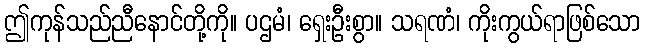
ဤကုန်သည်ညီနောင်တို့ကို။ ပဌမံ၊ ရှေးဦးစွာ။ သရဏံ၊ ကိုးကွယ်ရာဖြစ်သော